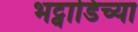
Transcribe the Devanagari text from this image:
भट्वाडिच्या